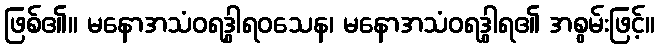
ဖြစ်၏။ မနောအသံဝရဒွါရဝသေန၊ မနောအသံဝရဒွါရ၏ အစွမ်းဖြင့်။